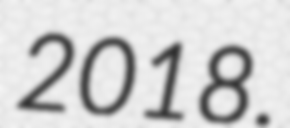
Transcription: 2018.